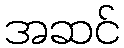
အဆင်